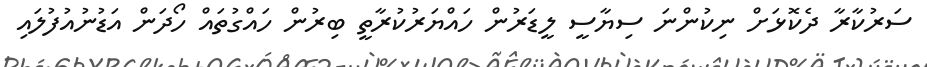
ސަރުކާރާ ދެކޮޅަށް ނިކުންނަ ސިޔާސީ ލީޑަރުން ހައްޔަރުކުރާތީ ބިރުން ހައްގުތައް ހޯދަން އަޑުނުއުފުލައި